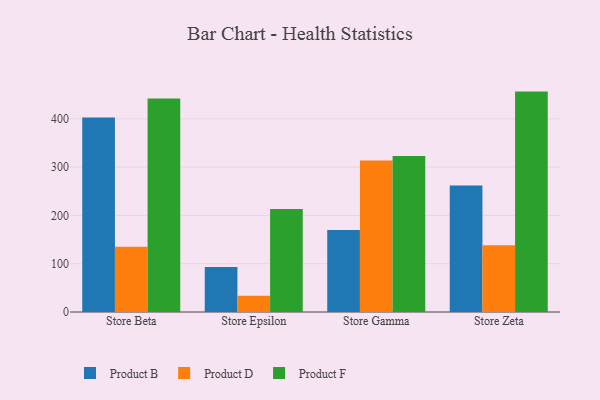
{"axis": {"x": "Store", "y": "Gross Profit (USD K)"}, "legend": ["Product B", "Product D", "Product F"], "data": [{"x": "Store Beta", "y": 402.5, "type": "Product B"}, {"x": "Store Beta", "y": 135.2, "type": "Product D"}, {"x": "Store Beta", "y": 442.1, "type": "Product F"}, {"x": "Store Epsilon", "y": 93.4, "type": "Product B"}, {"x": "Store Epsilon", "y": 33.8, "type": "Product D"}, {"x": "Store Epsilon", "y": 213.4, "type": "Product F"}, {"x": "Store Gamma", "y": 169.6, "type": "Product B"}, {"x": "Store Gamma", "y": 313.6, "type": "Product D"}, {"x": "Store Gamma", "y": 323.2, "type": "Product F"}, {"x": "Store Zeta", "y": 262.0, "type": "Product B"}, {"x": "Store Zeta", "y": 138.1, "type": "Product D"}, {"x": "Store Zeta", "y": 456.3, "type": "Product F"}]}